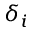
\delta _ { i }